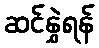
ဆင်နွှဲရန်